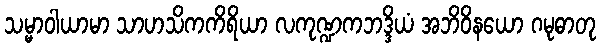
သမ္မာဝါယာမာ သာဟသိကကိရိယာ လကုဏ္ဍကဘဒ္ဒိယံ အဘိဝိနယော ဂမုဓာတု